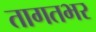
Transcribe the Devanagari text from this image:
तागतभर